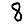
Digit: 8